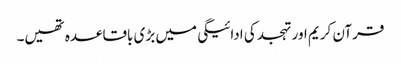
قرآن کریم اور تہجد کی ادائیگی میں بڑی باقاعدہ تھیں۔